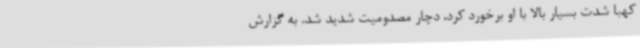
کهبا شدت بسیار بالا با او برخورد کرد، دچار مصدومیت شدید شد. به گزارش